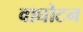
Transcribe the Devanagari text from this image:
वाघोटन